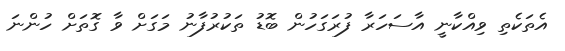
އެތަކެތި ވިއްކާނީ އާސަހަރާ ފުރަގަހުން ބޮޑު ތަކުރުފާނު މަގަށް ވާ ގޮތަށް ހުންނަ